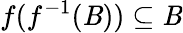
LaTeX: f(f^{-1}(\mathit{B}))\subseteq\mathit{B}